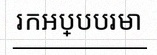
រកអប្បបរមា